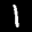
Label: 1